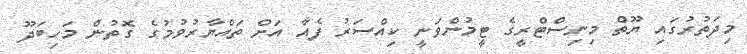
މިދަތުރުގައި ޔޫތް މިނިސްޓްރީގެ ޓީމުންވަނީ ކިއްސަރު ފެއާ އަށް ތައްޔާރުވުމުގެ ގޮތުން މަހިބަދޫ